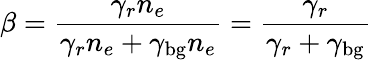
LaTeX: \beta=\frac{\gamma_{r}n_{e}}{\gamma_{r}n_{e}+\gamma_{\mathrm{bg}}n_{e}}=\frac{\gamma_{r}}{\gamma_{r}+\gamma_{\mathrm{bg}}}